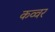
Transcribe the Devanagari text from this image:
कव्वर